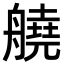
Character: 𦪛